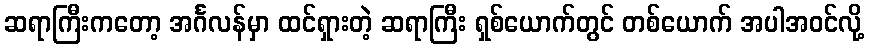
ဆရာကြီးကတော့ အင်္ဂလန်မှာ ထင်ရှားတဲ့ ဆရာကြီး ရှစ်ယောက်တွင် တစ်ယောက် အပါအဝင်လို့